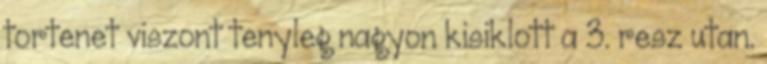
tortenet viszont tenyleg nagyon kisiklott a 3. resz utan.